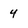
Character: 4